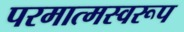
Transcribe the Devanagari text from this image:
परमात्मस्वरूप